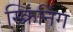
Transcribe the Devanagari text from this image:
स्क्रिंनिंग